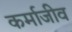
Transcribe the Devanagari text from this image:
कर्माजीव